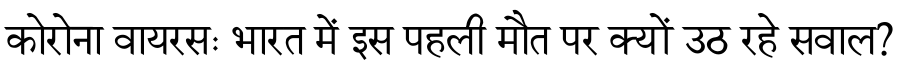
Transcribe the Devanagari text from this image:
कोरोना वायरसः भारत में इस पहली मौत पर क्यों उठ रहे सवाल?